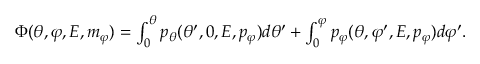
\begin{array} { r } { \Phi ( \theta , \varphi , E , m _ { \varphi } ) = \int _ { 0 } ^ { \theta } p _ { \theta } ( \theta ^ { \prime } , 0 , E , p _ { \varphi } ) d \theta ^ { \prime } + \int _ { 0 } ^ { \varphi } p _ { \varphi } ( \theta , \varphi ^ { \prime } , E , p _ { \varphi } ) d \varphi ^ { \prime } . } \end{array}